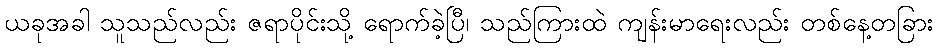
ယခုအခါ သူသည်လည်း ဇရာပိုင်းသို့ ရောက်ခဲ့ပြီ၊ သည်ကြားထဲ ကျန်းမာရေးလည်း တစ်နေ့တခြား